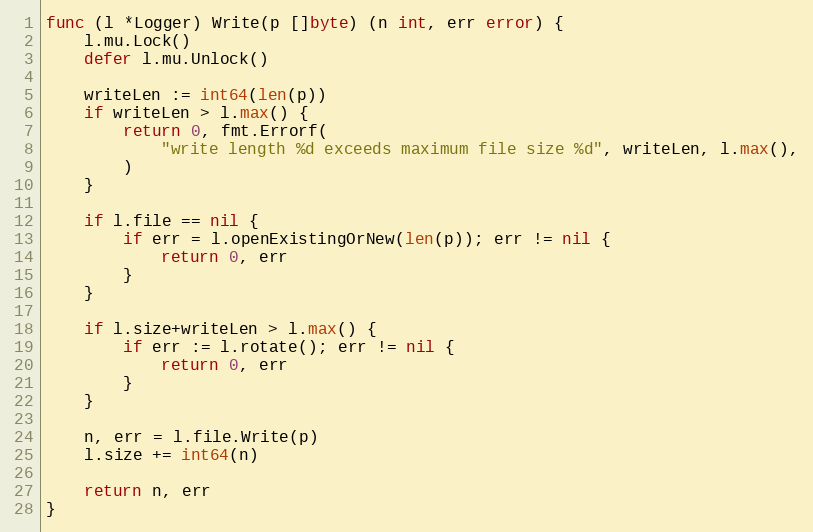
Language: Go
func (l *Logger) Write(p []byte) (n int, err error) {
	l.mu.Lock()
	defer l.mu.Unlock()

	writeLen := int64(len(p))
	if writeLen > l.max() {
		return 0, fmt.Errorf(
			"write length %d exceeds maximum file size %d", writeLen, l.max(),
		)
	}

	if l.file == nil {
		if err = l.openExistingOrNew(len(p)); err != nil {
			return 0, err
		}
	}

	if l.size+writeLen > l.max() {
		if err := l.rotate(); err != nil {
			return 0, err
		}
	}

	n, err = l.file.Write(p)
	l.size += int64(n)

	return n, err
}